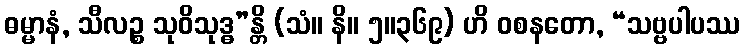
ဓမ္မာနံ, သီလဉ္စ သုဝိသုဒ္ဓ”န္တိ (သံ။ နိ။ ၅။၃၆၉) ဟိ ဝစနတော, “သဗ္ဗပါပဿ